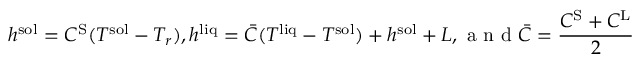
h ^ { \mathrm { s o l } } = C ^ { \mathrm { S } } ( T ^ { \mathrm { s o l } } - T _ { r } ) , h ^ { \mathrm { l i q } } = \bar { C } ( T ^ { \mathrm { l i q } } - T ^ { \mathrm { s o l } } ) + h ^ { \mathrm { s o l } } + L , \mathrm { ~ a ~ n ~ d ~ } \bar { C } = \frac { C ^ { \mathrm { S } } + C ^ { \mathrm { L } } } { 2 }